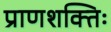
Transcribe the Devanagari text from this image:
प्राणशक्तिः